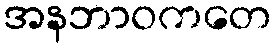
အနဘာဝကတေ